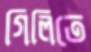
গিলিতে